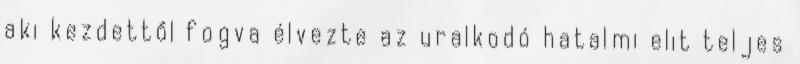
aki kezdettől fogva élvezte az uralkodó hatalmi elit teljes